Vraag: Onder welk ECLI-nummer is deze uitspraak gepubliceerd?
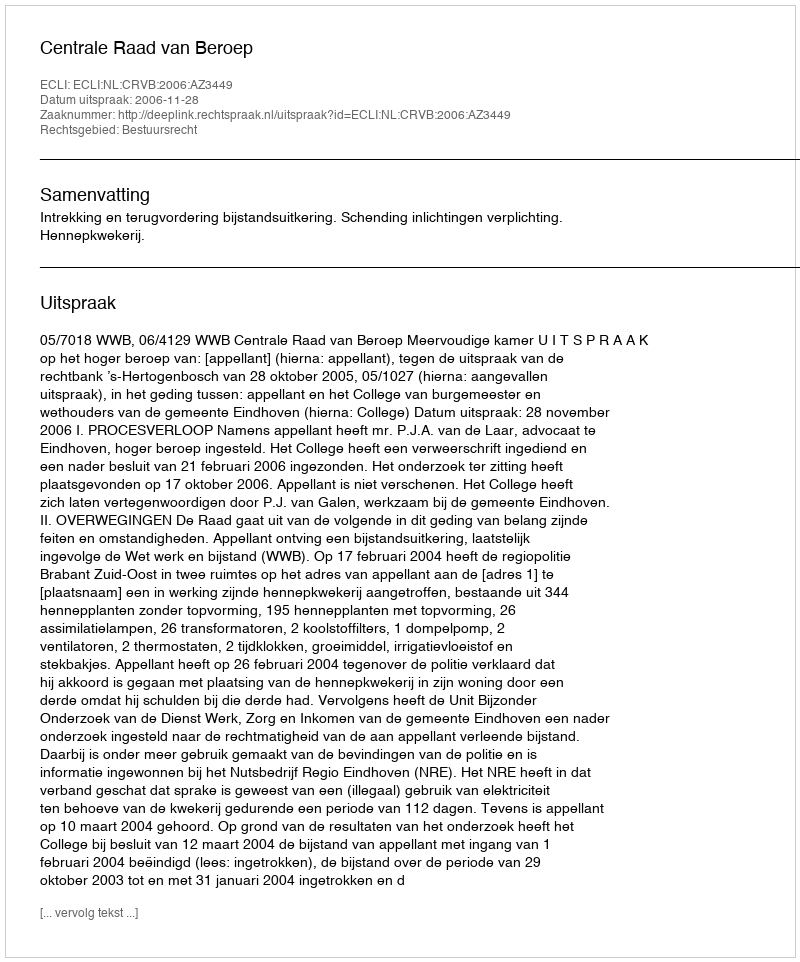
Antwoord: ECLI:NL:CRVB:2006:AZ3449